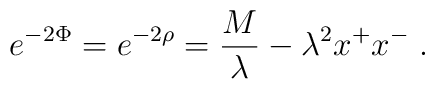
e^{-2\Phi}=e^{-2\rho}={M\over\lambda}-\lambda^2x^+x^-\;.